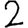
Digit: 2